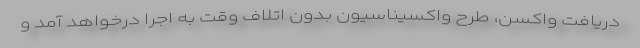
دریافت واکسن، طرح واکسیناسیون بدون اتلاف وقت به اجرا درخواهد آمد و